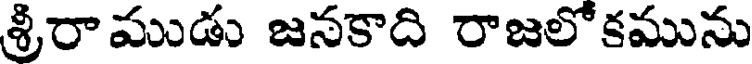
శ్రీరాముడు జనకాది రాజలోకమును